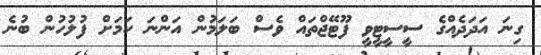
ގިނަ އަދަދެއްގެ ސީސީޓީވީ ފޫޓޭޖްތައް ވެސް ބަލަމުން އަންނަ ކަމަށް ފުލުހުން ބުނެ